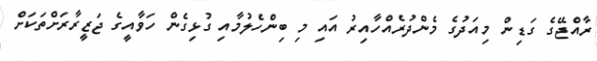
ރާއްޖޭގެ ގަޑިން މިއަދުގެ މެންދުރެއްހާއިރު އައި މި ބިންހެލުމާއި ގުޅިގެން ހަވާއީގެ ޖަޒީރާރަށްތަކަށް